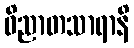
ဝိညာတသာရာနိ